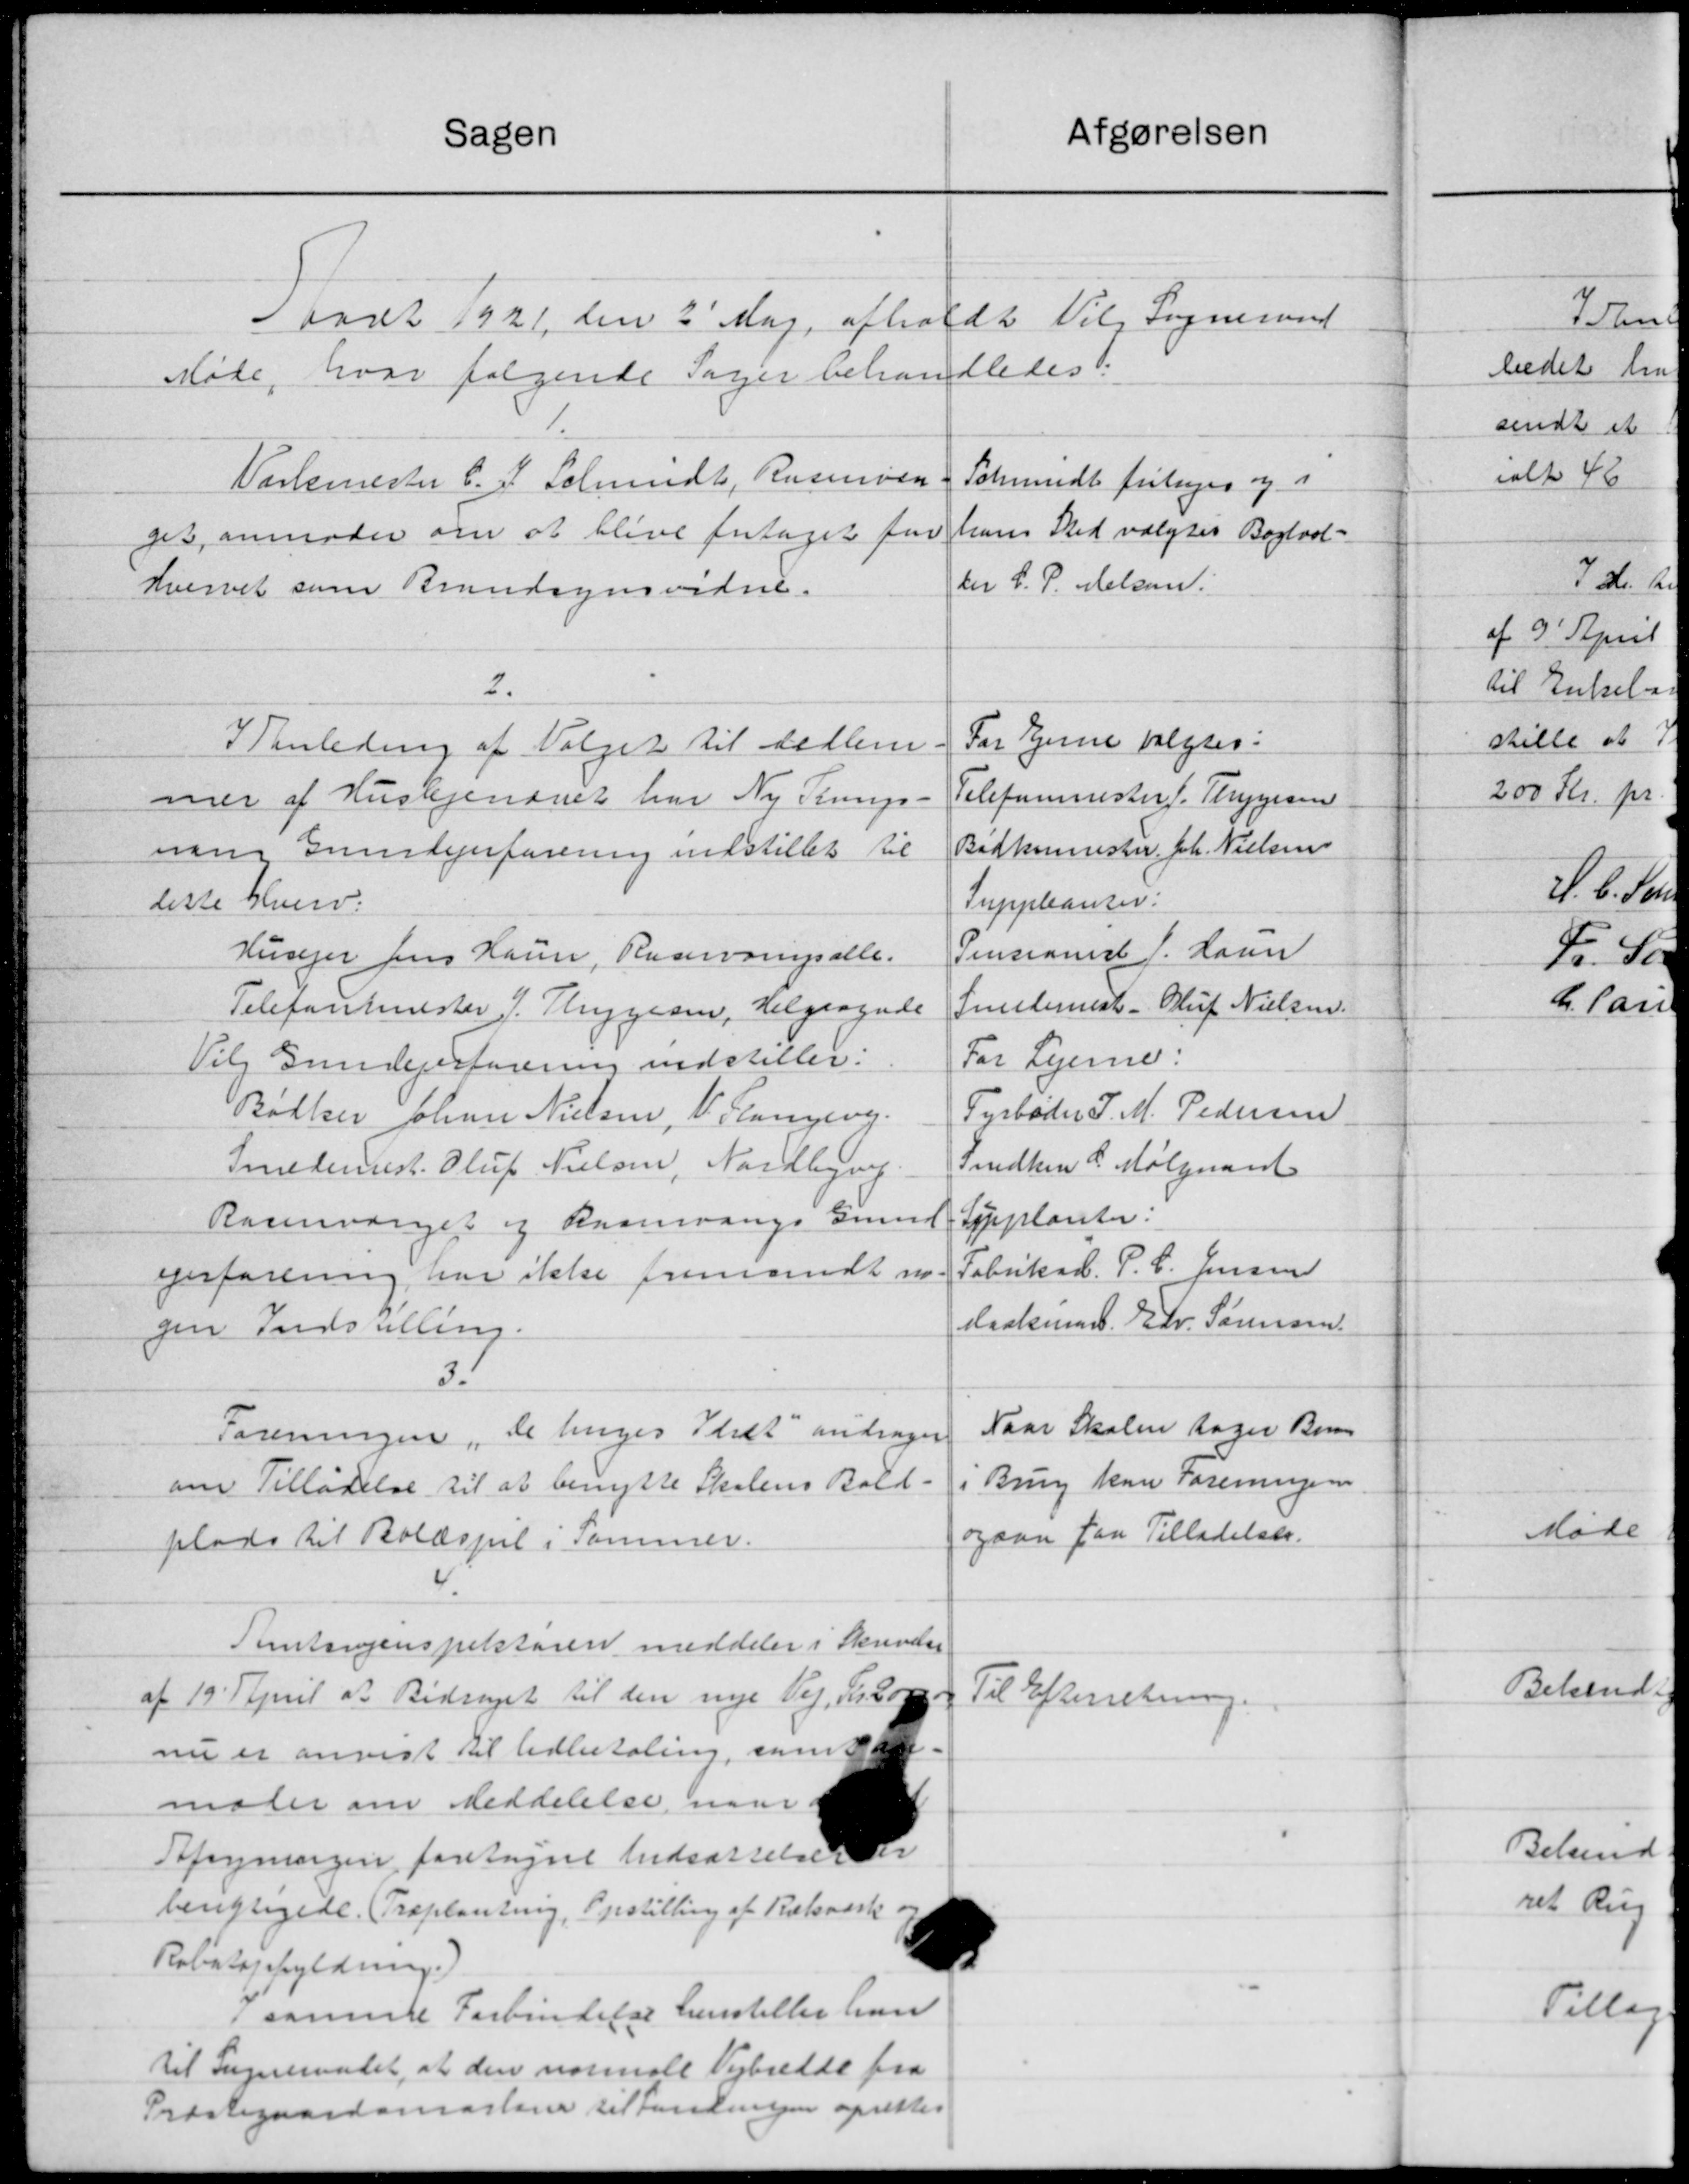
Transskription:
Atgørelsen
Sagen
aaret 1921 den 3' Maj afholdt Vil Sogneraad
Møde, hvor følgende Sager behandledes:
Værkmester C. F. Schmidt, Rasmussen.
Schmidt fritages og i
hans Sted valgtes Bogtrol-
get, anmoder om at blive fritaget for
ter C. P. Melsen.
hvervet som Brandsynsvidne.
2.
For Ejerne valgtes.
I Tanledning af Valget til Medlem.
Telefonmester f. Thygesen
mer af Huslejenævet har Ny Trungs-
Bødkermester, Joh. Nielsen
nam Grundejerforening indstillet til
Suppleanter:
liste Hverv.
Pensionert 1. Laan
Husejer Jens Haun, Raarvoinpalle.
Smedemest - Oluf Nielsen.
Telefantmester J. Thygesen, Helgragende
For Lejerne:
Vil Grundejerforening indstiller:
Tyrbøder P. M. Pedersen
Bødker bliver Nielsen, V. Langevej.
Snedker P. Mølgaard
Smedemest. Oluf Nielsen, Nordbyvej.
Supplanter:
Rosenværger og Raansvangs Grund
Fabriksb. P. C. Jensen
ejerforening har ikke fremsendt nu.
Maskinar Edv. Sørensen.
gin Indstilling.
3.
Naar Skolen tager Bern
Foreningen, de linges Stiet andrager
Brug kan Foreningen
om Tilladelse til at benytte Skolens Bold-
og saa paa Tilladelser.
plads til Boldspil i sammer.
Tamtsvejinspektøren meddeler i Skrivelse
af 19 April at Bidraget til den nye Vej, Kr. 200
Til Efterretning.
nu er anvist til Udbetaling, som ta
moder om Meddelelse, naa
Regningen foretagende bedersen
berigtigede. (Troplanting. Opstilling af Retsværk.
Robitopfyldning.)
 samme Forbindelse henstiller han
til Sogneraadet, at den normale Vejbredde fra
Præstegaardsmastene til Landingen oprettes